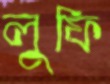
লুফি